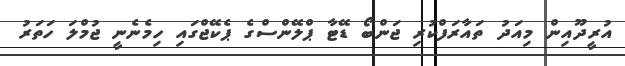
އުރީދޫއިން މިއަދު ތައާރަފްކުރި ޖަންބޯ ޑޭޓާ ޕްލޭންސްގެ ޕެކޭޖްގައި ހިމެނެނީ ޖުމްލަ ހަތަރު